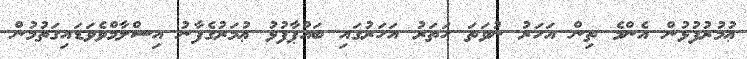
ޢުމުރުފުޅުން އެންމެ ތިން އަހަރު ނުވަތަ ހަތަރު އަހަރުގައި ބައްޕާފުޅު ޢުމަރުގެފާނު އިސްލާމްވެވަޑައިގަތުމުން